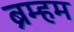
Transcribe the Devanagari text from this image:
ब्रम्हम